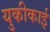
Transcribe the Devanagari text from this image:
युकीकाई